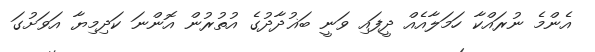
އެންމެ ނުރައްކާ ހަމަލާއެއް ދީފައި ވަނީ ބަޣުދާދުގެ އުތުރުން އޮންނަ ކަދިމިޔާ އަވަށުގަ